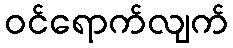
ဝင်ရောက်လျက်